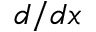
d / d x